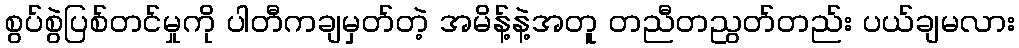
စွပ်စွဲပြစ်တင်မှုကို ပါတီကချမှတ်တဲ့ အမိန့်နဲ့အတူ တညီတညွတ်တည်း ပယ်ချမလား